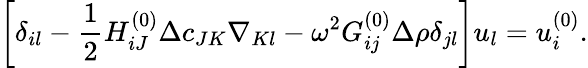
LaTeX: \left[\delta_{il}-\frac{1}{2}H_{iJ}^{(0)}\Delta c_{JK}\nabla_{Kl}-\omega^{2}G_{ij}^{(0)}\Delta\rho\delta_{jl}\right]u_{l}=u_{i}^{(0)}.